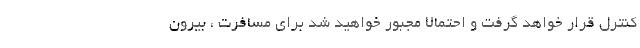
کنترل قرار خواهد گرفت و احتمالا مجبور خواهید شد برای مسافرت ، بیرون